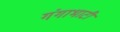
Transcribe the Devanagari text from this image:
गंगाभाटी